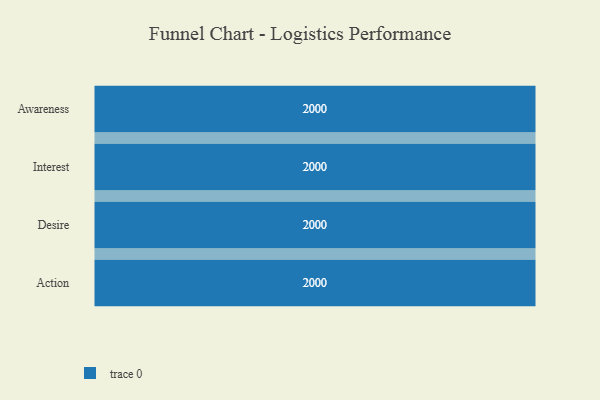
{"axis": {"x": "Stage", "y": "Value"}, "legend": [""], "data": [{"x": "Awareness", "y": 2000, "type": ""}, {"x": "Interest", "y": 2000, "type": ""}, {"x": "Desire", "y": 2000, "type": ""}, {"x": "Action", "y": 2000, "type": ""}]}